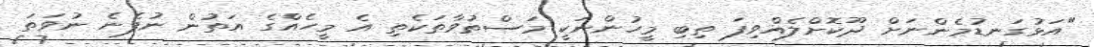
"އަޅުގަނޑުމެންނަށް ދޫކޮށްލެއްވިފަ ތިބި މީހުންނަކީ މަސްތުވާތަކެތި އެ މީހެއްގެ އަތުން ނުފެނެ ނުވަތަ